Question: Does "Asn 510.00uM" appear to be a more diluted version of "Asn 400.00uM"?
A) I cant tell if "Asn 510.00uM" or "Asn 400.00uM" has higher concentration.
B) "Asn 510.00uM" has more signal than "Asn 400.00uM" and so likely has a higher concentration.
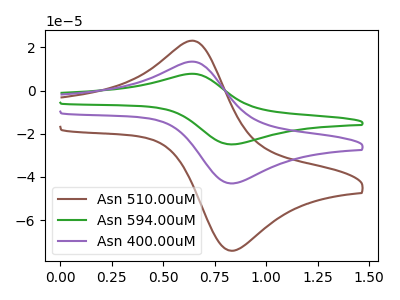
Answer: <think>The brown curve "Asn 510.00uM" has an anodic peak at (0.65V, 23.05uA) and a cathodic peak at (0.85V, -74.10uA). The green curve "Asn 594.00uM" has an anodic peak at (0.65V, 26.75uA) and a cathodic peak at (0.85V, -85.95uA). The purple curve "Asn 400.00uM" has an anodic peak at (0.65V, 13.40uA) and a cathodic peak at (0.85V, -42.95uA).
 All the peaks in "Asn 510.00uM" have a peak in "Asn 400.00uM" at the same potential. Every peak in "Asn 510.00uM" is higher than every peak in "Asn 400.00uM".</think>
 <answer>B) "Asn 510.00uM" has more signal than "Asn 400.00uM" and so likely has a higher concentration.</answer>
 <eval>B</eval>